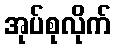
အုပ်စုလိုက်